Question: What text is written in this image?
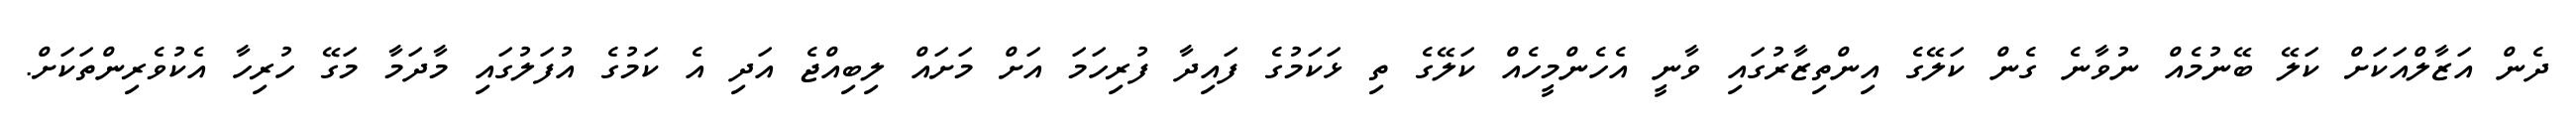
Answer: ދެން އަޒާލްއަކަށް ކަލޭ ބޭނުމެއް ނުވާނެ ގެން ކަލޭގެ އިންތިޒާރުގައި ވާނީ އެހެންމީހެއް ކަލޭގެ ތި ޅަކަމުގެ ފައިދާ ފުރިހަމަ އަށް މަށައް ލިބިއްޖެ އަދި އެ ކަމުގެ އުފަލުގައި މާދަމާ މަގޭ ހުރިހާ އެކުވެރިންތަކަށް.